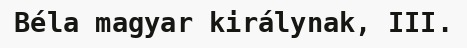
Béla magyar királynak, III.